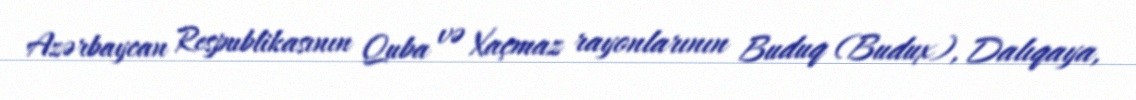
Azərbaycan Respublikasının Quba və Xaçmaz rayonlarının Buduq (Budux), Dalıqaya,